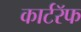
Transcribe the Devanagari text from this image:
कार्टरॅफ